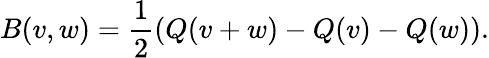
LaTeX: B(v,w)={\frac{1}{2}}(Q(v+w)-Q(v)-Q(w)).